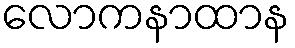
လောကနာထာန